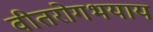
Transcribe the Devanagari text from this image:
वीतरोगभयाय